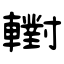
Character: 轛